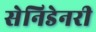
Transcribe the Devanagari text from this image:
सेनिडेनरी